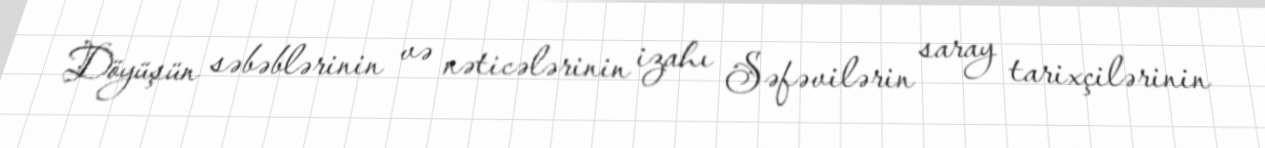
Döyüşün səbəblərinin və nəticələrinin izahı Səfəvilərin saray tarixçilərinin